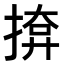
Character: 𭡢